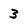
Character: 3